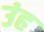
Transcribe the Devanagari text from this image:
उंह